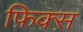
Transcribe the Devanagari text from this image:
फ़िक्स